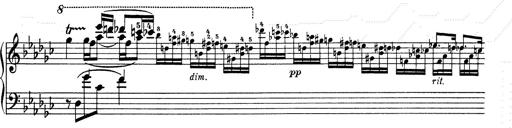
Title: 6 Polish Songs
Composer: Franz Liszt